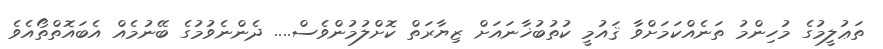
ތަޢުލީމުގެ މުހިންމު ތަނެއްކަމަށްވާ ޤައުމީ ކުތުބުޚާނައަށް ޒިޔާރަތް ކޮށްލުމުންވެސް.... ދެންނެވުމުގެ ބޭނުމެއް އެބައޮތްތޯއެވެ